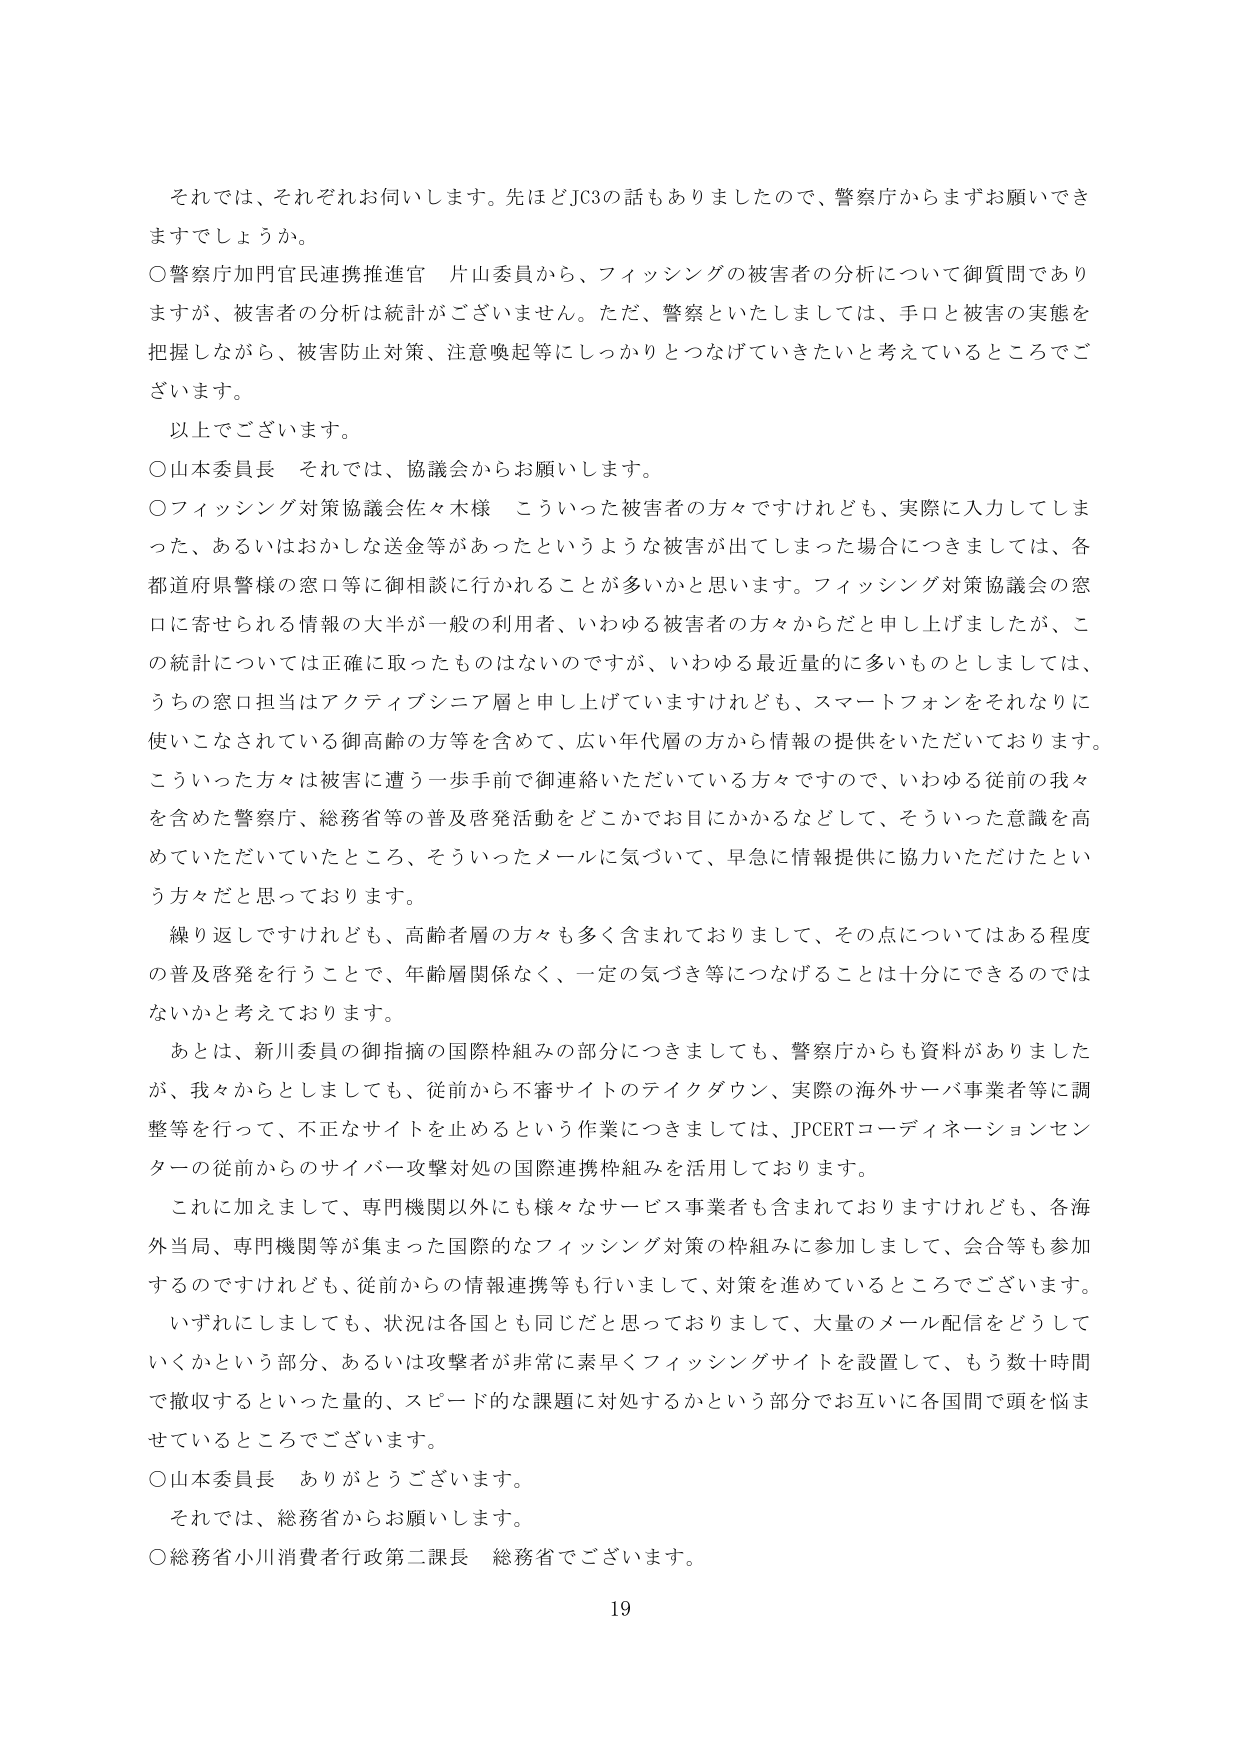
それでは、それぞれお伺いします。先ほどJC3の話もありましたので、警察庁からまずお願いできますでしょうか。

○警察庁加門官民連携推進官 片山委員から、フィッシングの被害者の分析について御質問でありますが、被害者の分析は統計がございません。ただ、警察といたしましては、手口と被害の実態を把握しながら、被害防止対策、注意喚起等にしっかりとなげていきたいと考えているところでございます。

以上でございます。

○山本委員長 それでは、協議会からお願いします。

○フィッシング対策協議会佐々木様 こういった被害者の方々ですけれども、実際に入力してしまった、あるいはおかしな送金等があったというような被害が出てしまった場合につきましては、各都道府県警様の窓口等に御相談に行かれることが多いかと思います。フィッシング対策協議会の窓口に寄せられる情報の大半が一般の利用者、いわゆる被害者の方々からだと申し上げましたが、この統計については正確に取ったものではないのですが、いわゆる最近量的に多いものとしましては、うちの窓口担当はアクティブシニア層と申し上げていますけれども、スマートフォンをそれなりに使いこなされている御高齢の方等を含めて、広い年代層の方から情報の提供をいただいております。こういった方は被害に遭う一歩手前で御連絡いただいている方々ですので、いわゆる従前の我々を含めた警察庁、総務省等の普及啓発活動をどこかでお目にかかるなどして、そういった意識を高めていただいていたところ、そういったメールに気づいて、早急に情報提供に協力いただいたという方々だと思っております。

繰り返しですけれども、高齢者層の方々も多く含まれておりまして、その点についてはある程度の普及啓発を行うことで、年齢層関係なく、一定の気づき等につなげることは十分にできるのではないかと考えております。

あとは、新川委員の御指摘の国際枠組みの部分につきましても、警察庁からも資料がありました が、我々からとしましても、従前から不審サイトのテイクダウン、実際の海外サーバ事業者等に調整等を行って、不正なサイトを止めるという作業につきましては、JPCERTコーディネーションセンターの従前からのサイバー攻撃対処の国際連携枠組みを活用しております。

これに加えまして、専門機関以外にも様々なサービス事業者も含まれておりますけれども、各海外当局、専門機関等が集まった国際的なフィッシング対策の枠組みに参加しまして、会合等も参加するのですけれども、従前からの情報連携等も行いまして、対策を進めているところでございます。

いずれにしましても、状況は各国とも同じだと思っておりまして、大量のメール配信をどうしていくかという部分、あるいは攻撃者が非常に素早くフィッシングサイトを設置して、もう数十時間で撤収するといった量的、スピード的な課題に対処するかという部分でお互いに各国間で頭を悩ませているところでございます。

○山本委員長 ありがとうございます。

それでは、総務省からお願いします。

○総務省小川消費者行政第二課長 総務省でございます。

19